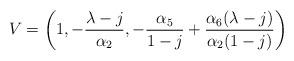
\begin{align*}V=\displaystyle \left(1,-\displaystyle\frac{\lambda-j}{\alpha_2},-\displaystyle\frac{\alpha_5}{1-j}+\frac{\alpha_6(\lambda-j)}{\alpha_2(1-j)}\right)\end{align*}